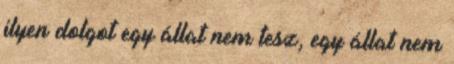
ilyen dolgot egy állat nem tesz, egy állat nem